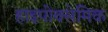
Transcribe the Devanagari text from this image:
हाइपोक्सेमिक